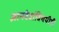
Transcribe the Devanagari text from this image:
ज्ञानदेवांविषयीही